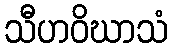
သီဟဝိဃာသံ